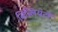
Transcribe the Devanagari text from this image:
बिब्लियंटों